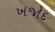
ખજોદ